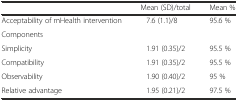
<table><thead><tr><td></td><td><b>Mean (SD)/total</b></td><td><b>Mean %</b></td></tr></thead><tbody><tr><td>Acceptability of mHealth intervention</td><td>7.6 (1.1)/8</td><td>95.6 %</td></tr><tr><td>Components</td><td></td><td></td></tr><tr><td>Simplicity</td><td>1.91 (0.35)/2</td><td>95.5 %</td></tr><tr><td>Compatibility</td><td>1.91 (0.35)/2</td><td>95.5 %</td></tr><tr><td>Observability</td><td>1.90 (0.40)/2</td><td>95 %</td></tr><tr><td>Relative advantage</td><td>1.95 (0.21)/2</td><td>97.5 %</td></tr></tbody></table>